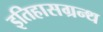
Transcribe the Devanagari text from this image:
इतिहासग्रन्थ